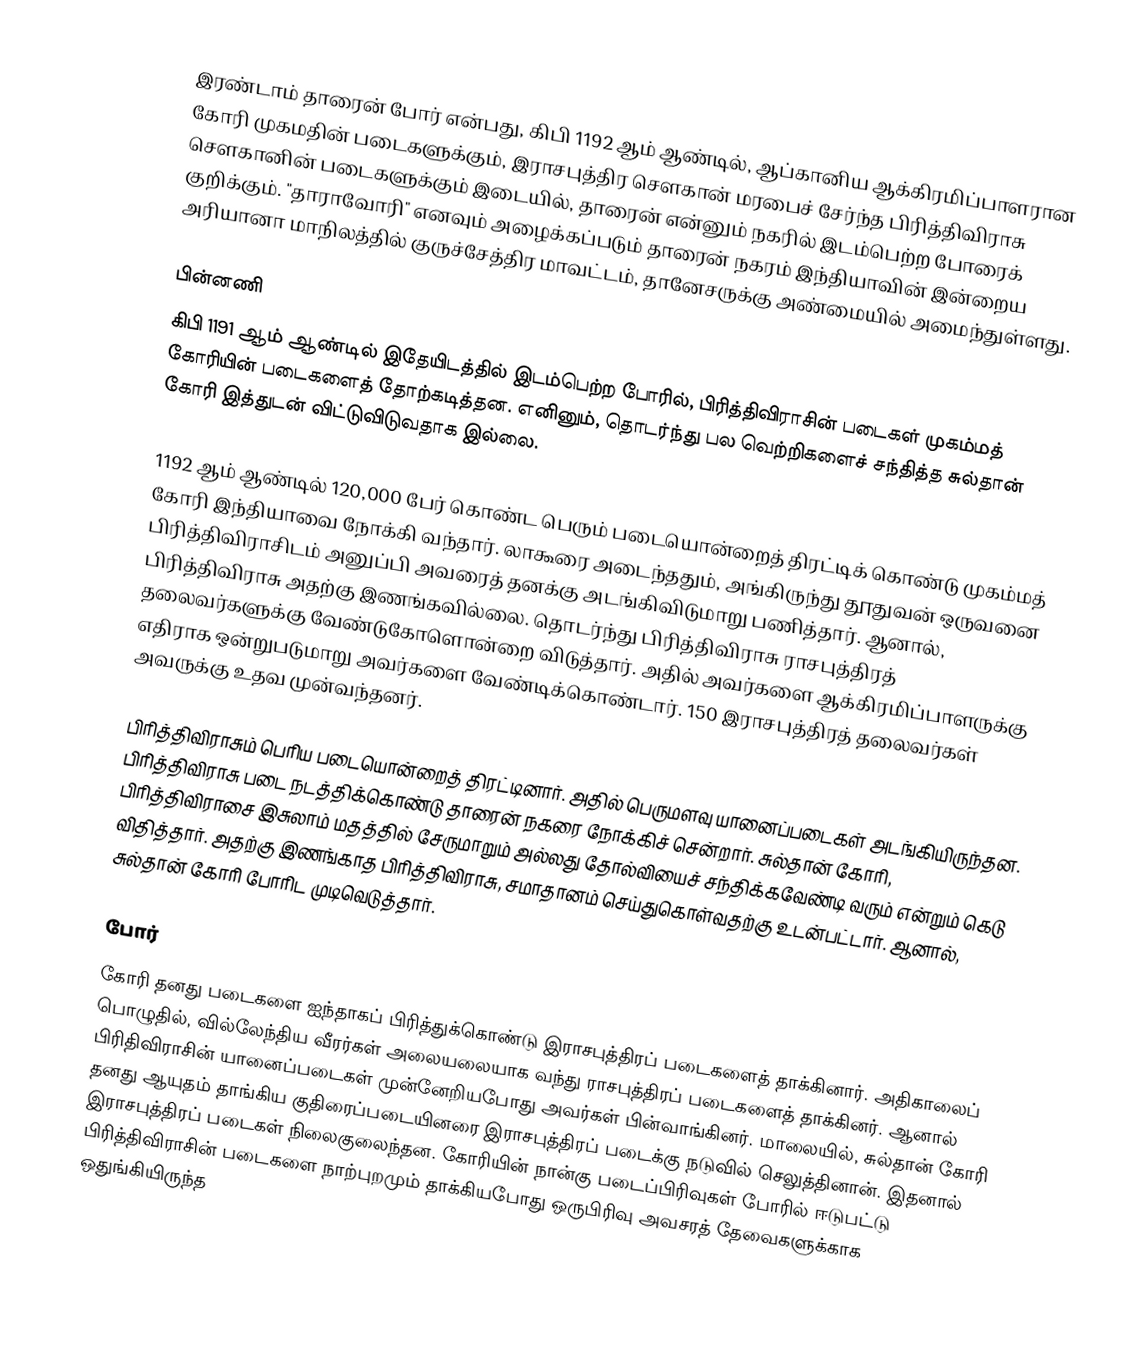
இரண்டாம் தாரைன் போர் என்பது, கிபி 1192 ஆம் ஆண்டில், ஆப்கானிய ஆக்கிரமிப்பாளரான கோரி முகமதின் படைகளுக்கும், இராசபுத்திர சௌகான் மரபைச் சேர்ந்த பிரித்திவிராசு சௌகானின் படைகளுக்கும் இடையில், தாரைன் என்னும் நகரில் இடம்பெற்ற போரைக் குறிக்கும். "தாராவோரி" எனவும் அழைக்கப்படும் தாரைன் நகரம் இந்தியாவின் இன்றைய அரியானா மாநிலத்தில் குருச்சேத்திர மாவட்டம்,  தானேசருக்கு அண்மையில் அமைந்துள்ளது.

பின்னணி
கிபி 1191 ஆம் ஆண்டில் இதேயிடத்தில் இடம்பெற்ற போரில், பிரித்திவிராசின் படைகள் முகம்மத் கோரியின் படைகளைத் தோற்கடித்தன. எனினும், தொடர்ந்து பல வெற்றிகளைச் சந்தித்த சுல்தான் கோரி இத்துடன் விட்டுவிடுவதாக இல்லை.

1192 ஆம் ஆண்டில் 120,000 பேர் கொண்ட பெரும் படையொன்றைத் திரட்டிக் கொண்டு முகம்மத் கோரி இந்தியாவை நோக்கி வந்தார். லாகூரை அடைந்ததும், அங்கிருந்து தூதுவன் ஒருவனை பிரித்திவிராசிடம் அனுப்பி அவரைத் தனக்கு அடங்கிவிடுமாறு பணித்தார். ஆனால், பிரித்திவிராசு அதற்கு இணங்கவில்லை. தொடர்ந்து பிரித்திவிராசு ராசபுத்திரத் தலைவர்களுக்கு வேண்டுகோளொன்றை விடுத்தார். அதில் அவர்களை ஆக்கிரமிப்பாளருக்கு எதிராக ஒன்றுபடுமாறு அவர்களை வேண்டிக்கொண்டார். 150 இராசபுத்திரத் தலைவர்கள் அவருக்கு உதவ முன்வந்தனர்.

பிரித்திவிராசும் பெரிய படையொன்றைத் திரட்டினார். அதில் பெருமளவு யானைப்படைகள் அடங்கியிருந்தன. பிரித்திவிராசு படை நடத்திக்கொண்டு தாரைன் நகரை நோக்கிச் சென்றார். சுல்தான் கோரி, பிரித்திவிராசை இசுலாம் மதத்தில் சேருமாறும் அல்லது தோல்வியைச் சந்திக்கவேண்டி வரும் என்றும் கெடு விதித்தார். அதற்கு இணங்காத பிரித்திவிராசு, சமாதானம் செய்துகொள்வதற்கு உடன்பட்டார். ஆனால், சுல்தான் கோரி போரிட முடிவெடுத்தார்.

போர்
கோரி தனது படைகளை ஐந்தாகப் பிரித்துக்கொண்டு இராசபுத்திரப் படைகளைத் தாக்கினார். அதிகாலைப் பொழுதில், வில்லேந்திய வீரர்கள் அலையலையாக வந்து ராசபுத்திரப் படைகளைத் தாக்கினர். ஆனால் பிரிதிவிராசின் யானைப்படைகள் முன்னேறியபோது அவர்கள் பின்வாங்கினர். மாலையில், சுல்தான் கோரி தனது ஆயுதம் தாங்கிய குதிரைப்படையினரை இராசபுத்திரப் படைக்கு நடுவில் செலுத்தினான். இதனால் இராசபுத்திரப் படைகள் நிலைகுலைந்தன. கோரியின் நான்கு படைப்பிரிவுகள் போரில் ஈடுபட்டு பிரித்திவிராசின் படைகளை நாற்புறமும் தாக்கியபோது ஒருபிரிவு அவசரத் தேவைகளுக்காக ஒதுங்கியிருந்த